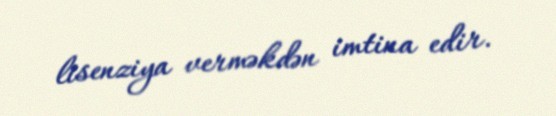
lisenziya verməkdən imtina edir.